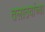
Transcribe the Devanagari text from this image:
तलाठयांच्या